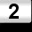
Digit: 2